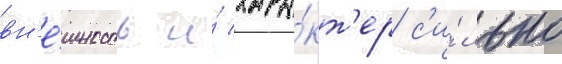
вн'е́шность и́ хара́кт'ер с'и́льно